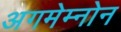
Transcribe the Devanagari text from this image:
अगमेम्नोन